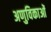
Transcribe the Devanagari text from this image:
अणुविकाओं